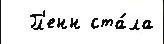
  Гл'енн ста́ла